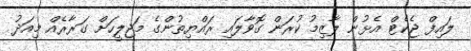
ލައިފް ޖެކެޓް އެޅުން ލާޒިމު ކުރަން ގޮވާލައި ރައްޔިތުންގެ މަޖިލީހަށް ގަރާރެއް މިއަދު